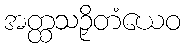
အတ္ထသဉှိတံယေဝ